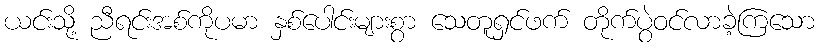
ယင်းသို့ ညီရင်းအစ်ကိုပမာ နှစ်ပေါင်းများစွာ သေတူရှင်ဖက် တိုက်ပွဲဝင်လာခဲ့ကြသော